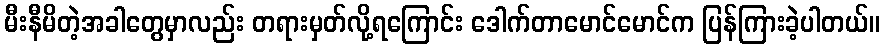
မီးနီမိတဲ့အခါတွေမှာလည်း တရားမှတ်လို့ရကြောင်း ဒေါက်တာမောင်မောင်က ပြန်ကြားခဲ့ပါတယ်။